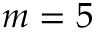
m = 5